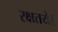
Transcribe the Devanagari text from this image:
रक्षतये।